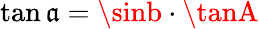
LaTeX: \tan\mathfrak{a}=\sinb\cdot\tanA